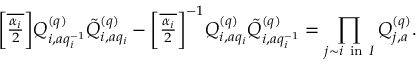
{ \textstyle \left[ \overline { { \frac { \alpha _ { i } } { 2 } } } \right] } Q _ { i , a q _ { i } ^ { - 1 } } ^ { ( q ) } \tilde { Q } _ { i , a q _ { i } } ^ { ( q ) } - { \textstyle \left[ \overline { { \frac { \alpha _ { i } } { 2 } } } \right] ^ { - 1 } } Q _ { i , a q _ { i } } ^ { ( q ) } \tilde { Q } _ { i , a q _ { i } ^ { - 1 } } ^ { ( q ) } = \prod _ { j \sim i \mathrm { ~ i n ~ } I } Q _ { j , a } ^ { ( q ) } .